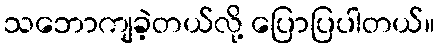
သဘောကျခဲ့တယ်လို့ ပြောပြပါတယ်။